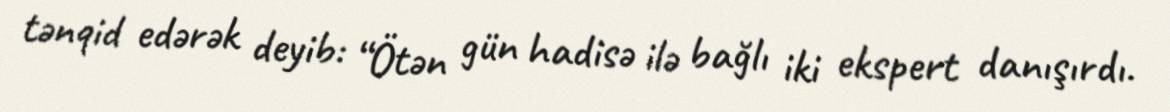
tənqid edərək deyib: “Ötən gün hadisə ilə bağlı iki ekspert danışırdı.